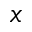
x